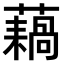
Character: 𫊇